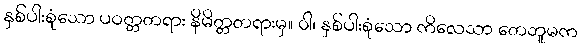
နှစ်ပါးစုံသော ပဝတ္တတရား နိမိတ္တတရားမှ။ ဝါ၊ နှစ်ပါးစုံသော ကိလေသာ တေဘူမက